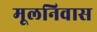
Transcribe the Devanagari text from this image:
मूलनिवास